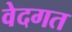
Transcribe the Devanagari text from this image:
वेदगत